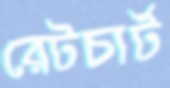
রেটচার্ট